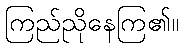
ကြည်ညိုနေကြ၏။